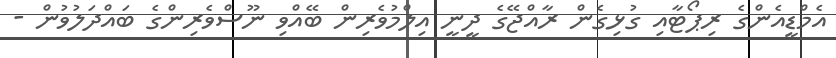
އެމްޑީއެންގެ ރިޕޯޓާއި ގުޅިގެން ރާއްޖޭގެ ދީނީ އިލްމުވެރިން ބޭއްވި ނޫސްވެރިންގެ ބައްދަލުވުން -